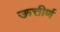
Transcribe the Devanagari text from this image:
ऊत्तीर्ण